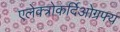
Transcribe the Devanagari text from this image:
एलेक्त्रोकर्दिओग्रफ्य